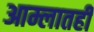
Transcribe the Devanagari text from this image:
आम्लातही